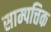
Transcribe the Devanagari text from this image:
साम्पत्तिक